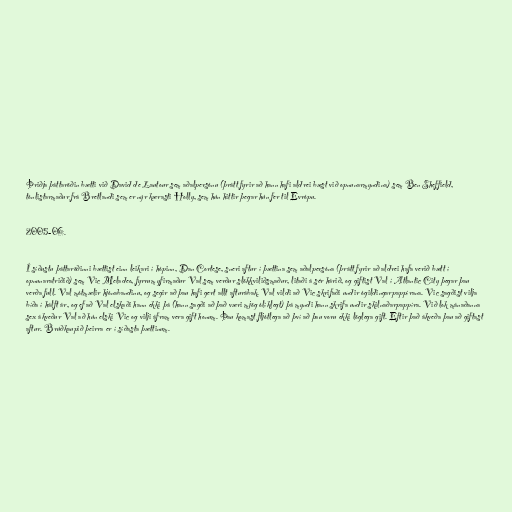
Þriðja þáttaröðin bætti við David de Lautour sem aðalpersónu (þrátt fyrir að hann hafi aldrei bæst við opnunarmyndina) sem Ben Sheffield,
tónlistarmaður frá Bretlandi sem er nýr kærasti Holly, sem hún hittir þegar hún fer til Evrópu.

2005-06.

Í síðustu þáttaröðinni bættist einn leikari í hópinn, Dan Cortese, sneri aftur í þættina sem aðalpersóna (þrátt fyrir að aldrei hafa verið bætt í
opnunaratriðið) sem Vic Meladeo, fyrrum yfirmaður Val sem verður slökkviliðsmaður, litaði á sér hárið, og giftist Val í Atlantic City þegar þau
verða full. Val mótmælir hjónabandinu, og segir að þau hafi gert allt afturábak. Val vildi að Vic skrifaði undir ógildingarpappírana. Vic sagðist vilja
bíða í hálft ár, og ef að Val elskaði hann ekki þá (hann sagði að það væri mjög ólíklegt) þá myndi hann skrifa undir skilnaðarpappíra. Við lok mánaðanna
sex ákveður Val að hún elski Vic og vilji áfram vera gift honum. Þau komast fljótlega að því að þau voru ekki löglega gift. Eftir það ákveða þau að giftast
aftur. Brúðkaupið þeirra er í síðasta þættinum.